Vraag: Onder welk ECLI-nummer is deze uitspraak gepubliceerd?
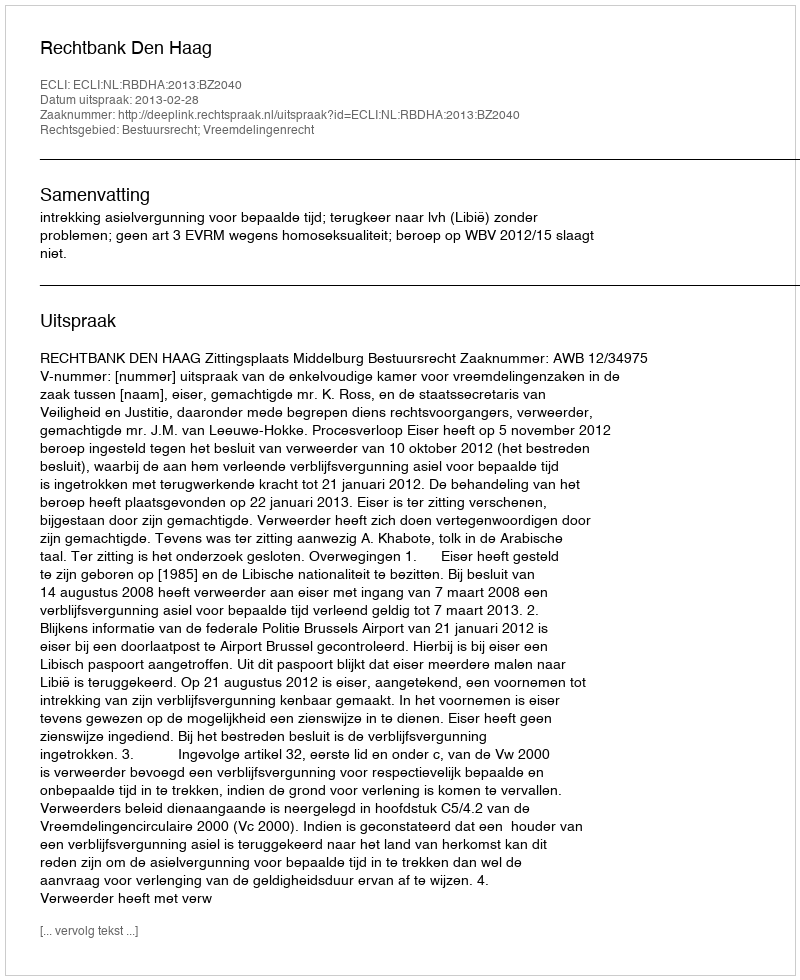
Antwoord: ECLI:NL:RBDHA:2013:BZ2040